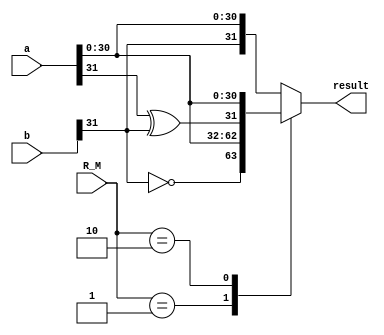
module fp_sign (
    input wire [31:0] a,       // Floating-point number A
    input wire [31:0] b,       // Floating-point number B
    input wire [1:0]  R_M,      // 000 --> fsgnj.s  || 001  --> fsgnjn.s  || 010 --> fsgnjx.s
    output reg [31:0] result
);

    reg sign_a, sign_b;

    // Extracting sign bits of A and B
    always @(*)
    begin
        sign_a = a[31];
        sign_b = b[31];
    end

    always@ (*)
    begin
        case(R_M)

            2'b00: result = {b[31], a[30:0]};   // fsgnj.s: Result has the sign of B and the magnitudes of A
            2'b01: result = {~b[31], a[30:0]};  // fsgnjn.s: Result has the opposite sign of B and the magnitudes of A
            2'b10: result = {sign_a ^ sign_b, a[30:0]}; // fsgnjx.s: Result has the XOR of signs of A and B and the magnitudes of A

            default: result = {b[31], a[30:0]};
        endcase
    end

endmodule // fp_sign